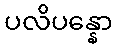
ပလိပန္နော